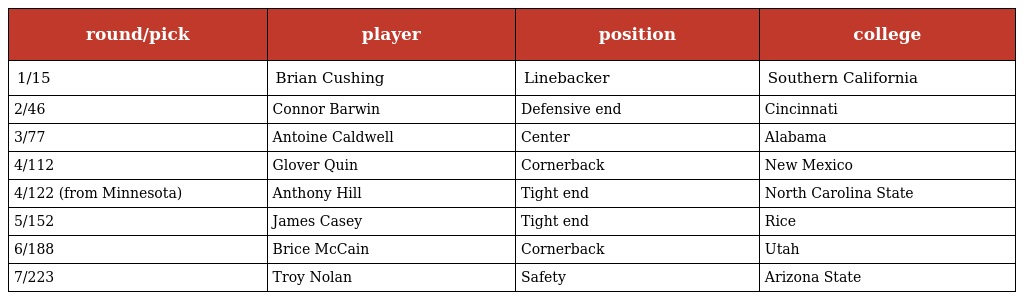
| round/pick | player | position | college |
 | --- | --- | --- | --- |
 | 1/15 | Brian Cushing | Linebacker | Southern California |
 | 2/46 | Connor Barwin | Defensive end | Cincinnati |
 | 3/77 | Antoine Caldwell | Center | Alabama |
 | 4/112 | Glover Quin | Cornerback | New Mexico |
 | 4/122 (from Minnesota) | Anthony Hill | Tight end | North Carolina State |
 | 5/152 | James Casey | Tight end | Rice |
 | 6/188 | Brice McCain | Cornerback | Utah |
 | 7/223 | Troy Nolan | Safety | Arizona State |